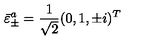
\bar { \varepsilon } _ { \pm } ^ { a } = \frac { 1 } { \sqrt 2 } ( 0 , 1 , \pm i ) ^ { T }